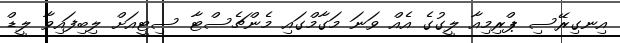
އިނގިރޭސި ޕްރިމިއާ ލީގުގެ އެއް ވަނަ މަގާމްގައި މެންޗެސްޓާ ސިޓީއަށް ލިބިފައިވާ ލީޑް